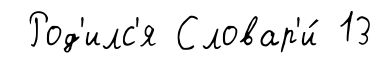
Род'илс'я Словар'и́ 13